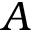
A